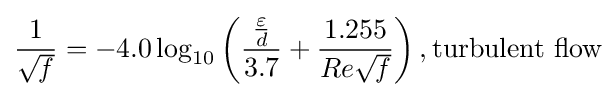
{1 \over {\sqrt {\mathit {f}}}}=-4.0\log _{10}\left({\frac {\frac {\varepsilon }{d}}{3.7}}+{\frac {1.255}{Re{\sqrt {\mathit {f}}}}}\right),{\text{turbulent flow}}